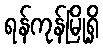
ရန်ကုန်မြို့ရှိ